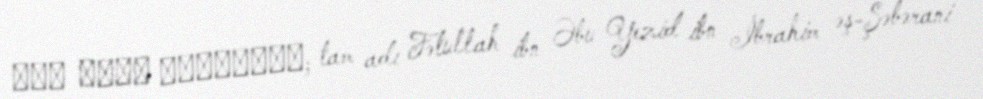
فتح الله الشرواني; tam adı Fətullah ibn Əbu Yezid ibn İbrahim əş-Şəbərani